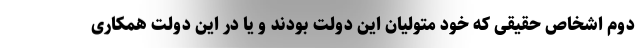
دوم اشخاص حقیقی که خود متولیان این دولت بودند و یا در این دولت همکاری